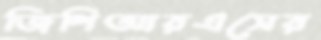
জিপিআরএসের